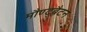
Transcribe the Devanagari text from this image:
मौण्ट्बैटन